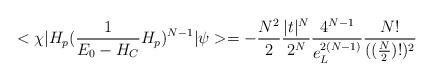
LaTeX: \begin{align*}<\chi|H_{p}(\frac{1}{E_{0}-H_{C}}H_{p})^{N-1}|\psi>=-\frac{N^{2}}{2}\frac{|t|^{N}}{2^{N}}\frac{4^{N-1}}{e_{L}^{2(N-1)}}\frac{N!}{((\frac{N}{2})!)^{2}} \end{align*}